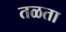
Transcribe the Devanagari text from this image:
तळता